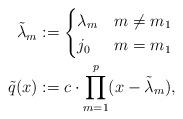
LaTeX: \begin{align*} \tilde{\lambda}_m & := \begin{cases} \lambda_m & m \ne m_1 \\ j_0 & m = m_1 \end{cases} \\ \tilde{q}(x) & := c \cdot \prod_{m=1}^{p} (x-\tilde{\lambda}_m), \end{align*}